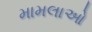
મામલાઓ